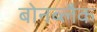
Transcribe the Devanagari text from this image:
बोनब्लैक